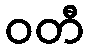
ဝတီ